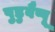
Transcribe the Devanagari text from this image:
पुडुवैप्पू